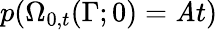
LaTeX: p(\Omega_{0,t}(\Gamma;0)=\mathit{A}t)